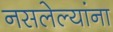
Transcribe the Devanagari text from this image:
नसलेल्यांना